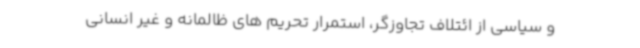
و سیاسی از ائتلاف تجاوزگر، استمرار تحریم های ظالمانه و غیر انسانی